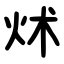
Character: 炢